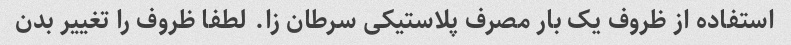
استفاده از ظروف یک بار مصرف پلاستیکی سرطان زا. لطفا ظروف را تغییر بدن